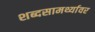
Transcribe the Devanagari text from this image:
शब्दसामर्थ्यावर